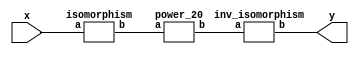
`timescale 1ns/100ps
module SMSS32_20_np_13_4(x,y);
	 input [5:0] x;
	 output [5:0] y;
	 wire [5:0] w;
	 wire [5:0] p;
	 isomorphism C2 (x,w);
	 power_20 C3 (w,p);
	 inv_isomorphism C4 (p,y);
endmodule

module add_base(a,b,c);
	 input [2:0] a;
	 input [2:0] b;
	 output [2:0] c;
	 assign c[0]=a[0]^b[0];
	 assign c[1]=a[1]^b[1];
	 assign c[2]=a[2]^b[2];
endmodule

module six_base(a,b);
	 input [2:0] a;
	 output [2:0] b;
	 assign b[0]=a[0]^a[2]^(a[0]&a[1])^(a[0]&a[2])^(a[1]&a[2]);
	 assign b[1]=a[1]^a[2]^(a[0]&a[1])^(a[1]&a[2]);
	 assign b[2]=a[1]^(a[0]&a[2])^(a[1]&a[2]);
endmodule

module power_20(a,b);
	 input [5:0] a;
	 output [5:0] b;
	 wire [2:0] x_0;
	 wire [2:0] x_1;
	 wire [2:0] x_2;
	 wire [2:0] x_3;
	 wire [2:0] x_4;
	 wire [2:0] x_5;
	 wire [2:0] y_0;
	 wire [2:0] y_1;
	 assign x_0[0]=a[0];
	 assign x_0[1]=a[1];
	 assign x_0[2]=a[2];
	 assign x_1[0]=a[3];
	 assign x_1[1]=a[4];
	 assign x_1[2]=a[5];
	 add_base A1 (x_0,x_1,x_2);
	 six_base A2 (x_2,x_3);
	 six_base  A3 (x_0,x_4);
	 six_base A4 (x_1,x_5);
	 add_base A5 (x_5,x_3,y_0);
	 add_base A6 (x_4,x_3,y_1);
	 assign b[0]=y_1[0];
	 assign b[1]=y_1[1];
	 assign b[2]=y_1[2];
	 assign b[3]=y_0[0];
	 assign b[4]=y_0[1];
	 assign b[5]=y_0[2];
endmodule

module inv_isomorphism(a,b);
	 input [5:0] a;
	 output [5:0] b;
	 assign b[0]=a[0]^a[3]^a[4];
	 assign b[1]=a[0]^a[1]^a[2]^a[3]^a[4];
	 assign b[2]=a[2]^a[3];
	 assign b[3]=a[0];
	 assign b[4]=a[1]^a[2]^a[3]^a[5];
	 assign b[5]=a[0]^a[2];
endmodule

module isomorphism(a,b);
	 input [5:0] a;
	 output [5:0] b;
	 assign b[0]=a[1]^a[2]^a[5];
	 assign b[1]=a[1]^a[2];
	 assign b[2]=a[1]^a[2]^a[4];
	 assign b[3]=a[0]^a[3];
	 assign b[4]=a[0]^a[2]^a[3]^a[4]^a[5];
	 assign b[5]=a[1]^a[3];
endmodule